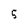
Character: 5